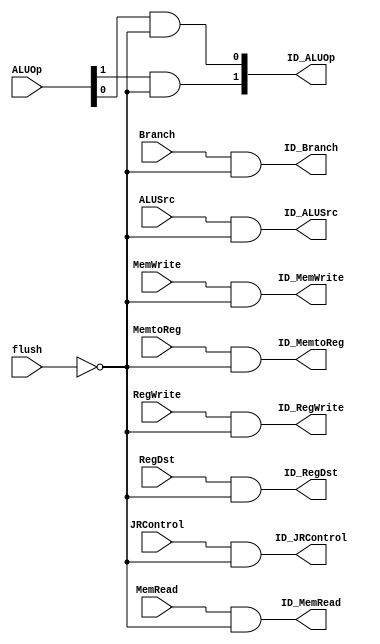
// fpga4student.com: FPGA projects, Verilog Projects, VHDL projects
// Verilog project: 32-bit 5-stage Pipelined MIPS Processor in Verilog 
// Flush control signals 
`timescale 1 ps / 100 fs
module flush_block(
ID_RegDst,ID_ALUSrc, ID_MemtoReg,ID_RegWrite,ID_MemRead,ID_MemWrite,
ID_Branch,ID_ALUOp,ID_JRControl,flush,RegDst,ALUSrc,MemtoReg,RegWrite,
MemRead,MemWrite,Branch,ALUOp,JRControl);

output ID_RegDst,ID_ALUSrc,ID_MemtoReg,ID_RegWrite,ID_MemRead,ID_MemWrite,ID_Branch,ID_JRControl;
output [1:0] ID_ALUOp;
input flush,RegDst,ALUSrc,MemtoReg,RegWrite,MemRead,MemWrite,Branch,JRControl;
input [1:0] ALUOp;

not #50 (notflush,flush);
and #50 and1(ID_RegDst,RegDst,notflush);
and #50 and2(ID_ALUSrc,ALUSrc,notflush);
and #50 and3(ID_MemtoReg,MemtoReg,notflush);
and #50 and4(ID_RegWrite,RegWrite,notflush);
and #50 and5(ID_MemRead,MemRead,notflush);
and #50 and6(ID_MemWrite,MemWrite,notflush);
and #50 and7(ID_Branch,Branch,notflush);
and #50 and8(ID_JRControl,JRControl,notflush);
and #50 and9(ID_ALUOp[1],ALUOp[1],notflush);
and #50 and10(ID_ALUOp[0],ALUOp[0],notflush);
endmodule
`timescale 1 ps / 100 fs
// fpga4student.com: FPGA projects, Verilog Projects, VHDL projects
// Verilog project: 32-bit 5-stage Pipelined MIPS Processor in Verilog 
// Discard instructions when needed
module Discard_Instr(ID_flush,IF_flush,jump,bne,jr);
output ID_flush,IF_flush;
input jump,bne,jr;
or #50 OR1(IF_flush,jump,bne,jr);
or #50 OR2(ID_flush,bne,jr);
endmodule